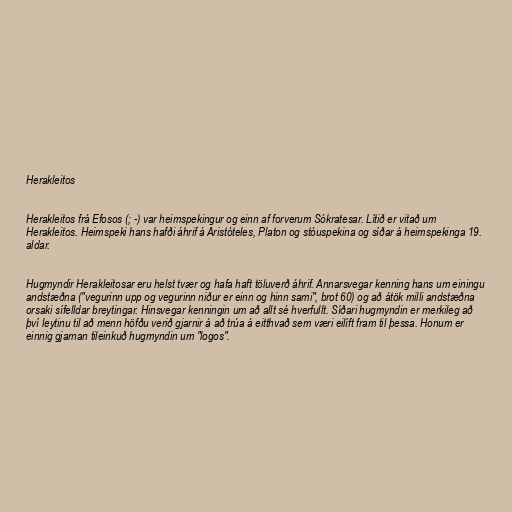
Herakleitos

Herakleitos frá Efosos (; -) var heimspekingur og einn af forverum Sókratesar. Lítið er vitað um
Herakleitos. Heimspeki hans hafði áhrif á Aristóteles, Platon og stóuspekina og síðar á heimspekinga 19.
aldar.

Hugmyndir Herakleitosar eru helst tvær og hafa haft töluverð áhrif. Annarsvegar kenning hans um einingu
andstæðna ("vegurinn upp og vegurinn niður er einn og hinn sami", brot 60) og að átök milli andstæðna
orsaki sífelldar breytingar. Hinsvegar kenningin um að allt sé hverfullt. Síðari hugmyndin er merkileg að
því leytinu til að menn höfðu verið gjarnir á að trúa á eitthvað sem væri eilíft fram til þessa. Honum er
einnig gjarnan tileinkuð hugmyndin um "logos".